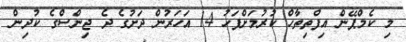
މި ކެމްޕޭން އިފްތިތާހް ކުރުމަށްފަހު 14 އަހަރުން ދަށުގެ ދެ ޖިންސްގެ ކުދިން